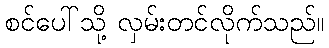
စင်ပေါ်သို့ လှမ်းတင်လိုက်သည်။